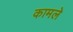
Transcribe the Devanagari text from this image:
कामले